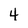
Character: 4